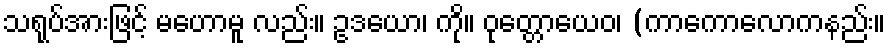
သရုပ်အားဖြင့် မဟောမူ လည်း။ ဥဒယော၊ ကို။ ဝုတ္တောယေဝ၊ (ကာကောလောကနည်း။